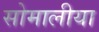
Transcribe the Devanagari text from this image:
सोमालीया